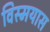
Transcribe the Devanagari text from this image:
विस्मयास